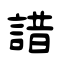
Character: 諎